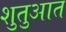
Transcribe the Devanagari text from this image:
शुतुआत